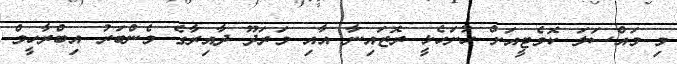
މި މައްސަލަ ކޮމެޓީއަށް ހުށަހެޅީ ރޮޒައިނާ އާއި މަރަދޫ ދާއިރާގެ މެންބަރު އިބްރާހީމް